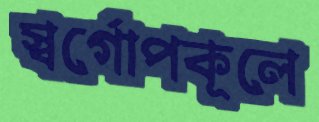
স্বর্গোপকূলে